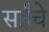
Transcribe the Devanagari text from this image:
सईंचे